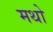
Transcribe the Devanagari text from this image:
मथो